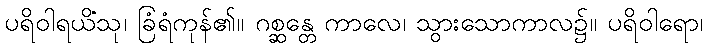
ပရိဝါရယိံသု၊ ခြံရံကုန်၏။ ဂစ္ဆန္တေ ကာလေ၊ သွားသောကာလ၌။ ပရိဝါရော၊